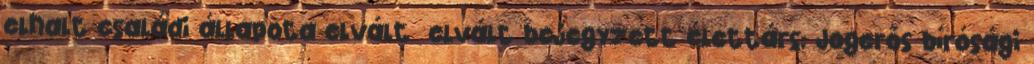
elhalt családi állapota elvált elvált bejegyzett élettárs: Jogerős bírósági